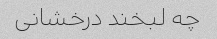
چه لبخند درخشانی